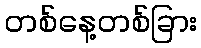
တစ်နေ့တစ်ခြား